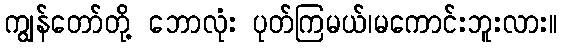
ကျွန်တော်တို့ ဘောလုံး ပုတ်ကြမယ်၊မကောင်းဘူးလား။